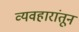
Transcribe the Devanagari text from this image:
व्यवहारांतून